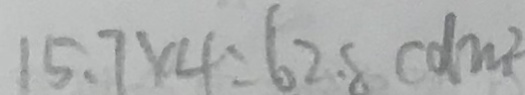
1 5 . 7 \times 4 = 6 2 . 8 ( d m ^ { 2 }